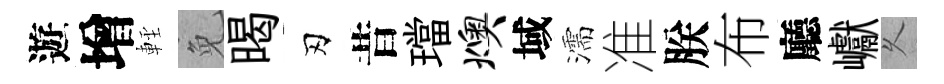
遊增䡖免暍刃昔璫燠域濡准朕布廳巘乆